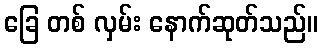
ခြေ တစ် လှမ်း နောက်ဆုတ်သည်။